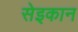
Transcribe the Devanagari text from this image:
सेइकान